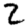
Digit: 2